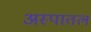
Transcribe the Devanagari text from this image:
अस्पातल